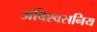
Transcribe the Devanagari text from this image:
अविश्वसनिय